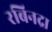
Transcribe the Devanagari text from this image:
रबिनद्रा